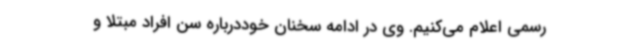
رسمی اعلام می‌کنیم. وی‌ در ادامه سخنان خوددرباره سن افراد مبتلا و